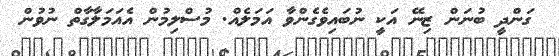
ގަންދީ ބުނަން ޒިނޭ އަކީ ނުބައިވެގެންވާ އަމަލެއް. މުސްލިމުން އެއަމަލާގާތް ނުވުން